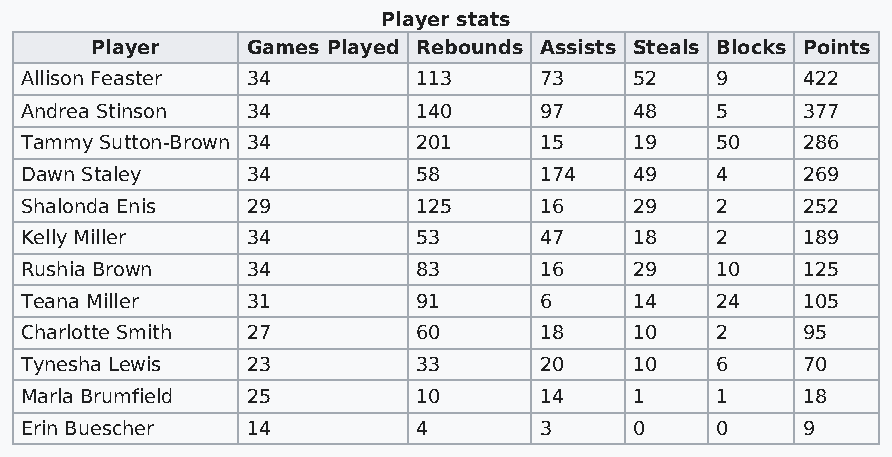
Player stats
 Player    Games Played Rebounds Assists Steals Blocks Points
 Allison Feaster 34         113     73    52   9     422
 Andrea Stinson 34          140     97    48   5     377
 Tammy Sutton-Brown 34      201     15    19   50    286
 Dawn Staley    34          58      174   49   4     269
 Shalonda Enis  29          125     16    29   2     252
 Kelly Miller   34          53      47    18   2     189
 Rushia Brown   34          83      16    29   10    125
 Teana Miller   31          91      6     14   24    105
 Charlotte Smith 27         60      18    10   2     95
 Tynesha Lewis  23          33      20    10   6     70
 Marla Brumfield 25         10      14    1    1     18
 Erin Buescher  14          4       3     0    0     9